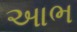
આભ